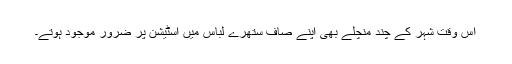
اس وقت شہر کے چند منچلے بھی اپنے صاف ستھرے لباس میں اسٹیشن پر ضرور موجود ہوتے۔